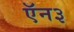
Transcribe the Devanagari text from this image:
ऍन३